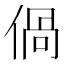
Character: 𠊰